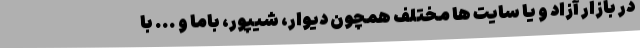
در بازار آزاد و یا سایت ها مختلف همچون دیوار، شیپور، باما و ... با